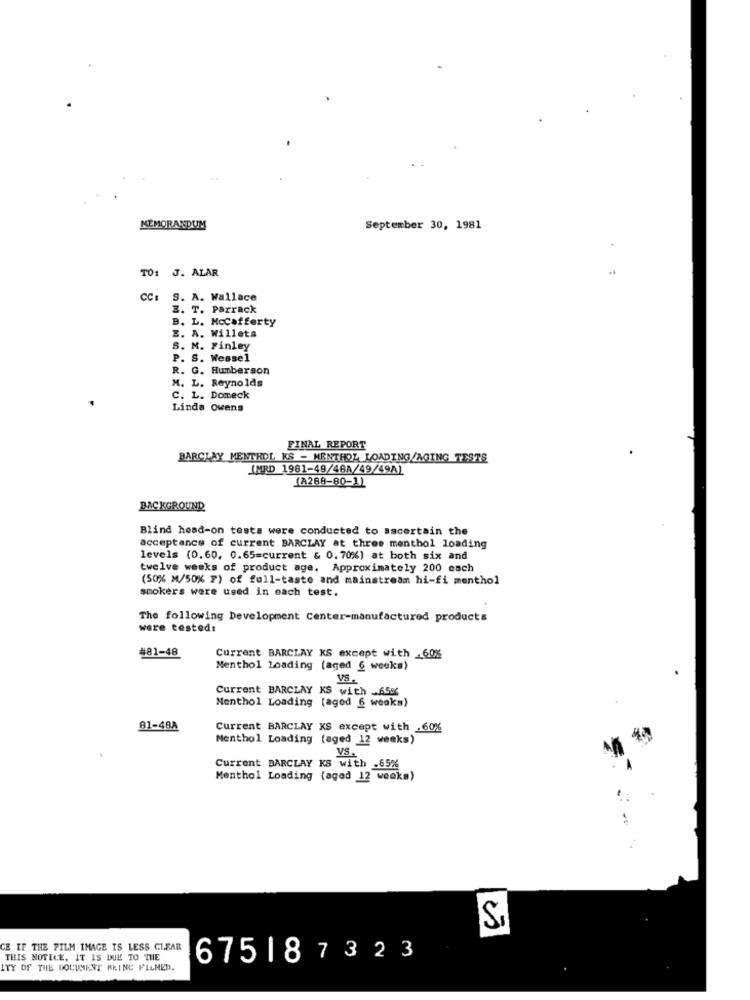
MEMORANDUM
September 30, 1981
TO: J. ALAR
-
CCI
S. A. Wallace
Z. T. Parrack
B. L. Mccafferty
E. A. Willets
S. M. Finley
P. S. Wessel
R. G. Humberson
M. L. Reynolds
C. L. Domeck
Linda Owens
FINAL REPORT
BARCLAY MENTHOL KS - MENTHOL LOADING/AGING TESTS
IMRD 1981-49/48A/49/49A)
(A288-80-1)
BACKGROUND
Blind head-on tests were conducted to ascertain the
acceptance of current BARCLAY at three menthol loading
levels (0.60, 0.65=current & 0.70%) at both six and
twelve weeks of product age. Approximately 200 each
(50% M/50% F) of full-taste and mainstream hi-fi menthol
smokers were used in each test.
The following Development Center-manufactured products
were tested:
#81-48
Current BARCLAY KS except with .60%
Menthol Loading (aged 6 weeks)
VS.
Current BARCLAY KS with _6586
Menthol Loading (aged 6 weeks)
81-48A
Current BARCLAY XS except with .60%
Menthol Loading (aged 12 weeks)
VS.
Current BARCLAY KS with .65%
Menthol Loading (aged 12 weeks)
-
CE IF THE FILM IMAGE IS LESS CLEAR
THIS NOTICE, IT IS DUE TO THE
675187323
ITY OF THE DOCUMENT KRING FILMED.